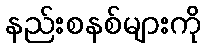
နည်းစနစ်များကို